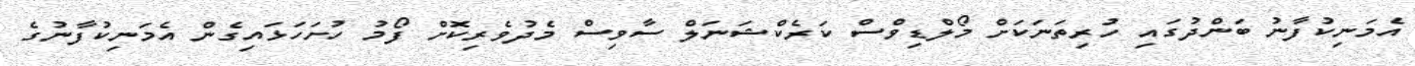
އެމަނިކުފާނު ބަންދުގައި ހުރިތަނަކަށް މޯލްޑިވްސް ކަރެކްޝަނަލް ސާވިސް މެދުވެރިކޮށް ފޯމު ހުށަހަޅައިގެން އެމަނިކުފާނުގެ